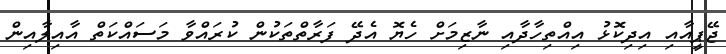
ޖޭޕީއާއި އިދިކޮޅު އިއްތިހާދާއި ނާޒިމަށް ހެޔޮ އެދޭ ފަރާތްތަކުން ކުރައްވާ މަސައްކަތް އާއިލާއިން